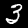
Label: 3